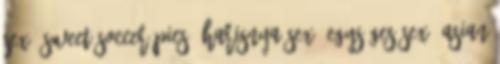
sex, sweet soccer pics, harisnya sex, egységes sex, asian